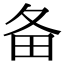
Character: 备